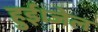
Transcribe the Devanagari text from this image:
हुई।जेल